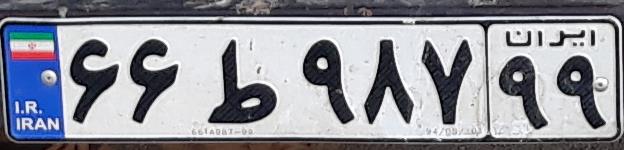
۶۶ط۹۸۷۹۹